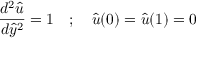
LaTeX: { \frac { d ^ { 2 } { \hat { u } } } { d { \hat { y } } ^ { 2 } } } = 1 \quad ; \quad { \hat { u } } ( 0 ) = { \hat { u } } ( 1 ) = 0